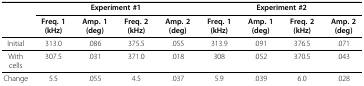
|  | <COLSPAN=4> Experiment #1 | <COLSPAN=4> Experiment #2 |
 |  | Freq. 1 (kHz) | Amp. 1 (deg) | Freq. 2 (kHz) | Amp. 2 (deg) | Freq. 1 (kHz) | Amp. 1 (deg) | Freq. 2 (kHz) | Amp. 2 (deg) |
 | --- | --- | --- | --- | --- | --- | --- | --- | --- |
 | Initial | 313.0 | .086 | 375.5 | .055 | 313.9 | .091 | 376.5 | .071 |
 | With cells | 307.5 | .031 | 371.0 | .018 | 308 | .052 | 370.5 | .043 |
 | Change | 5.5 | .055 | 4.5 | .037 | 5.9 | .039 | 6.0 | .028 |